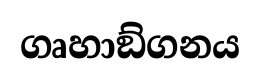
ගෘහාඞ්ගනය